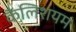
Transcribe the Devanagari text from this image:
कैलिशयम